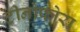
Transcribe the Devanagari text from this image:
टीनोफोरा